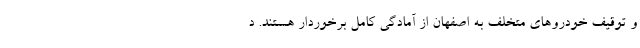
و توقیف خودروهای متخلف به اصفهان از آمادگی کامل برخوردار هستند. د